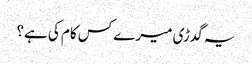
یہ گدڑی میرے کس کام کی ہے؟